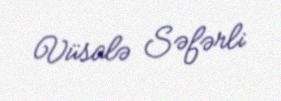
Vüsalə Səfərli